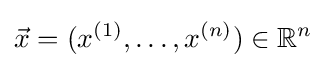
{\vec {x}}=(x^{(1)},\ldots ,x^{(n)})\in \mathbb {R} ^{n}